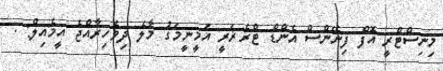
މިނިސްޓްރީ އޮފް ފިނޭންސް އެންޑް ޓްރެޜަރީ އަމީނީމަގު މާލެ ދިވެހިރާއްޖެ އީމެއިލް: .